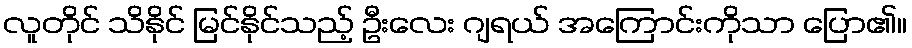
လူတိုင် သိနိုင် မြင်နိုင်သည့် ဦးလေး ဂျရယ် အကြောင်းကိုသာ ပြော၏။